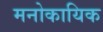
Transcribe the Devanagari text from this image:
मनोकायिक